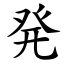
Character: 発